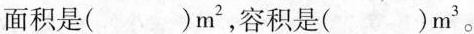
面积是( )m^{2}，容积是( )m^{3}。